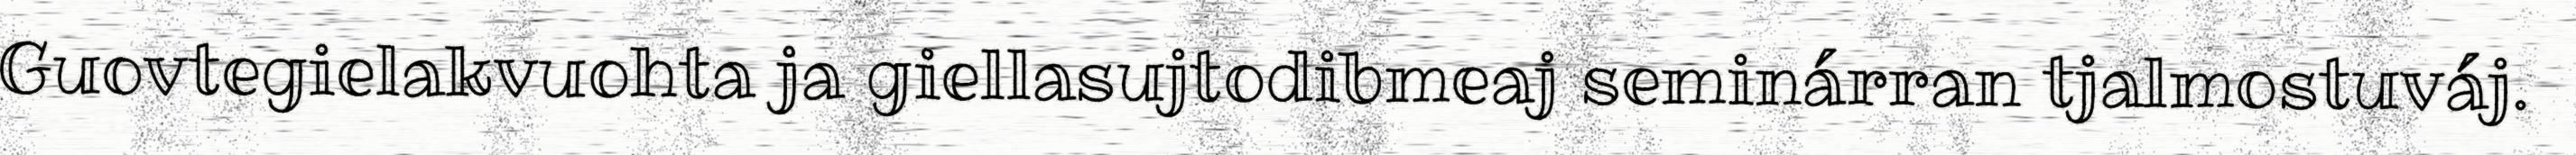
Guovtegielakvuohta ja giellasujtodibmeaj seminárran tjalmostuváj.